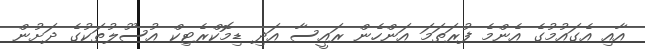
އާއި އެގައުމުގެ އެންމެ ފުރަތަމަ އަންހެން ރައީސާ އަދި ޑިމޮކްރެޓިކް އުސޫލުތަކުގެ ދަށުން